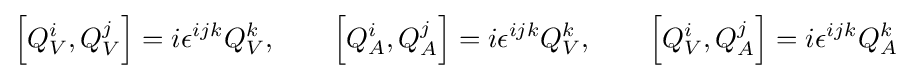
\left[Q_{V}^{i},Q_{V}^{j}\right]=i\epsilon ^{ijk}Q_{V}^{k},\qquad \left[Q_{A}^{i},Q_{A}^{j}\right]=i\epsilon ^{ijk}Q_{V}^{k},\qquad \left[Q_{V}^{i},Q_{A}^{j}\right]=i\epsilon ^{ijk}Q_{A}^{k}